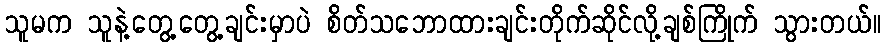
သူမက သူနဲ့တွေ့တွေ့ချင်းမှာပဲ စိတ်သဘောထားချင်းတိုက်ဆိုင်လို့ချစ်ကြိုက် သွားတယ်။